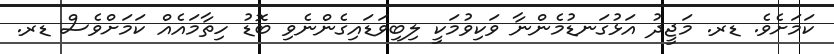
ކަމަށެވެ. ޑރ. މަޖީދު އަޅުގަނޑުމެންނާ ވަކިވުމަކީ ލިބިވަޑައިގެންނެވި ބޮޑު ހިތާމައެއްް ކަމަށްވެސް ޑރ.